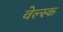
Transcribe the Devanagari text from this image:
वेल्स्क